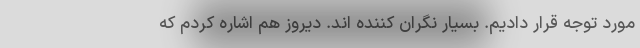
مورد توجه قرار دادیم. بسیار نگران کننده اند. دیروز هم اشاره کردم که